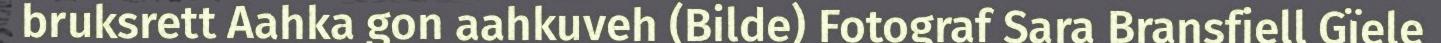
bruksrett Aahka gon aahkuveh (Bilde) Fotograf Sara Bransfjell Gïele